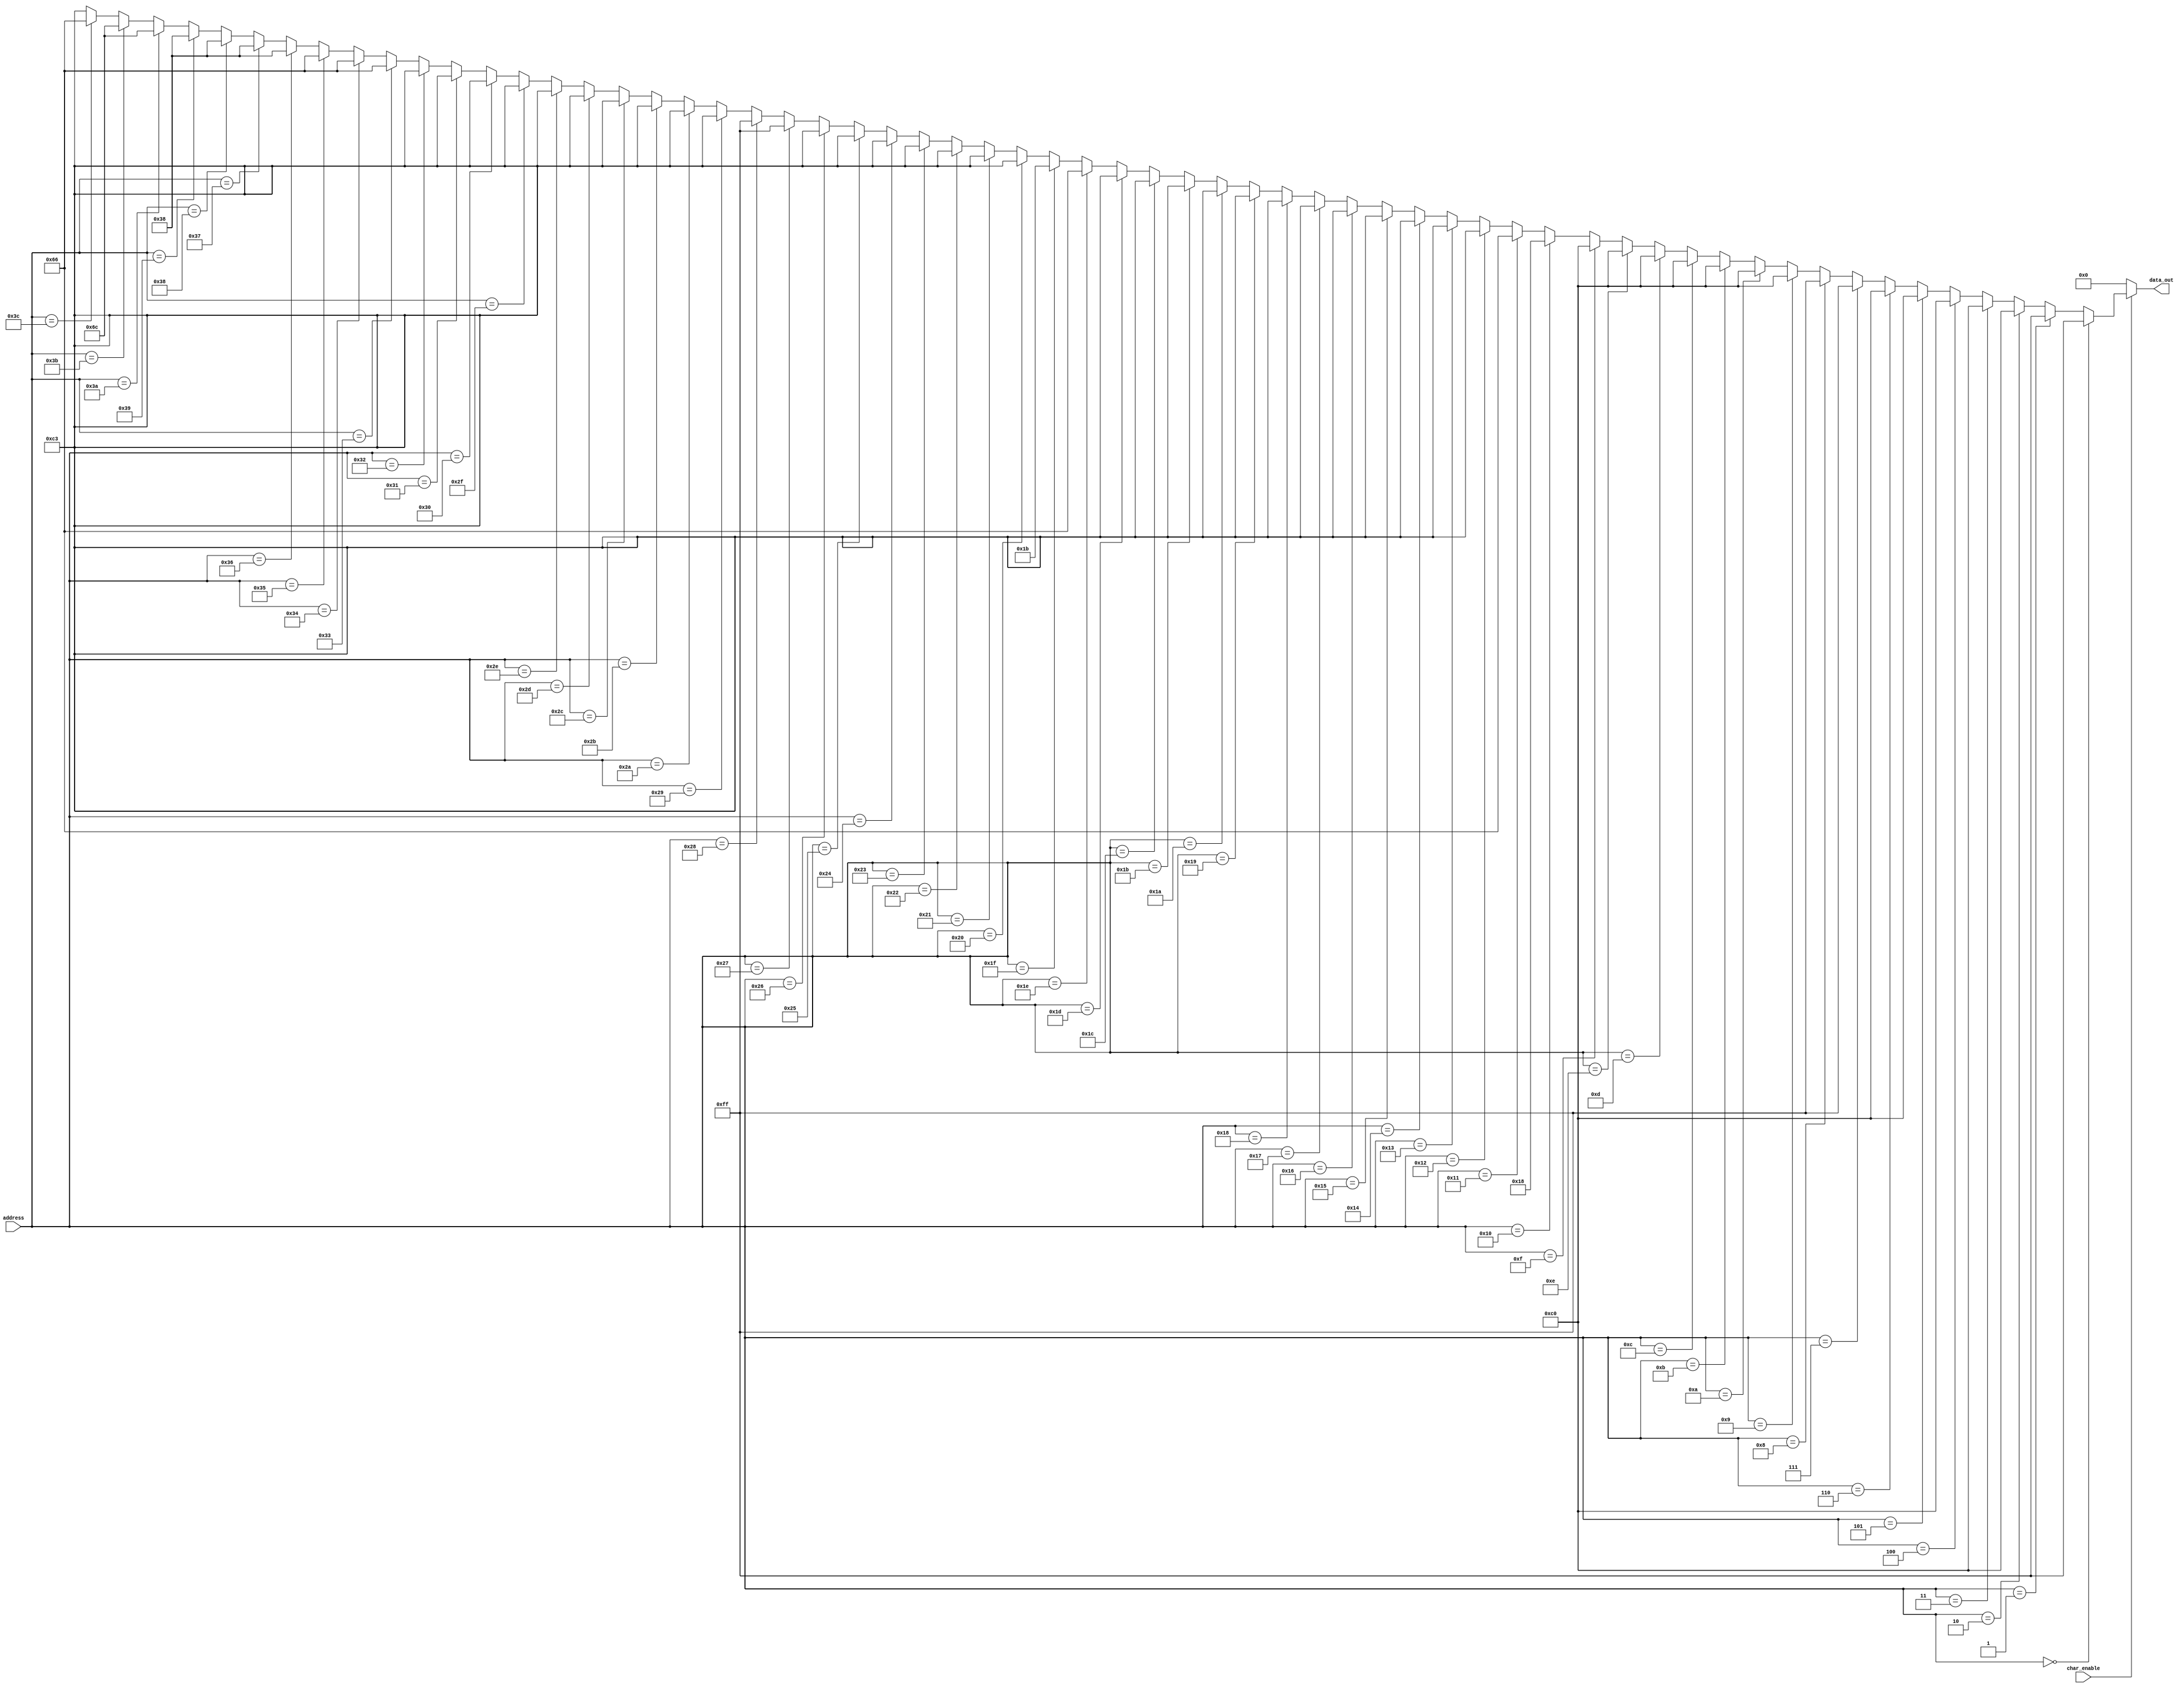
module myRom(char_enable,address,data_out);
input [5:0] address;
input char_enable;
output [7:0] data_out;



										//F
assign data_out= (char_enable) ?(address==6'b000000) ? 8'b11111111 :
								(address==6'b000001) ? 8'b11111111 :		
								(address==6'b000010) ? 8'b11000000 :
								(address==6'b000011) ? 8'b11000000 :
								(address==6'b000100) ? 8'b11000000 :
								(address==6'b000101) ? 8'b11000000 :
					   		(address==6'b000110) ? 8'b11000000 :
								(address==6'b000111) ? 8'b11111111 :
								(address==6'b001000) ? 8'b11111111 :
								(address==6'b001001) ? 8'b11000000 :
								(address==6'b001010) ? 8'b11000000 :
								(address==6'b001011) ? 8'b11000000 :
								(address==6'b001100) ? 8'b11000000 :
								(address==6'b001101) ? 8'b11000000 :
								(address==6'b001110) ? 8'b11000000 :
								(address==6'b001111) ? 8'b11000000 :

									//Q
								(address==6'b010000) ? 8'b00011000 :		
								(address==6'b010001) ? 8'b01100110 :
								(address==6'b010010) ? 8'b11000011 :
								(address==6'b010011) ? 8'b11000011 :
								(address==6'b010100) ? 8'b11000011 :
								(address==6'b010101) ? 8'b11000011 :
								(address==6'b010110) ? 8'b11000011 :
								(address==6'b010111) ? 8'b11000011 :
								(address==6'b011000) ? 8'b11000011 :
								(address==6'b011001) ? 8'b11000011 :
								(address==6'b011010) ? 8'b11000011 :
								(address==6'b011011) ? 8'b11000011 :
								(address==6'b011100) ? 8'b11000011 :
								(address==6'b011101) ? 8'b11000011 :
								(address==6'b011110) ? 8'b01100110 :
								(address==6'b011111) ? 8'b00011011:


									//H
								(address==6'b100000) ? 8'b11000011 :		
								(address==6'b100001) ? 8'b11000011 :
								(address==6'b100010) ? 8'b11000011 :
								(address==6'b100011) ? 8'b11000011 :
								(address==6'b100100) ? 8'b11000011 :
								(address==6'b100101) ? 8'b11000011 :
								(address==6'b100110) ? 8'b11000011 :
								(address==6'b100111) ? 8'b11111111 :
								(address==6'b101000) ? 8'b11111111 :
								(address==6'b101001) ? 8'b11000011 :
								(address==6'b101010) ? 8'b11000011 :
								(address==6'b101011) ? 8'b11000011 :
								(address==6'b101100) ? 8'b11000011 :
								(address==6'b101101) ? 8'b11000011 :
								(address==6'b101110) ? 8'b11000011 :
								(address==6'b101111) ? 8'b11000011 :

									//X
								(address==6'b110000) ? 8'b11000011 :		
								(address==6'b110001) ? 8'b11000011 :
								(address==6'b110010) ? 8'b11000011 :
								(address==6'b110011) ? 8'b01100110 :
								(address==6'b110100) ? 8'b01100110 :
								(address==6'b110101) ? 8'b01100110 :
								(address==6'b110110) ? 8'b00111000 :
								(address==6'b110111) ? 8'b00111000 :
								(address==6'b111000) ? 8'b00111000 :
								(address==6'b111001) ? 8'b00111000 :
								(address==6'b111010) ? 8'b01101100 :
								(address==6'b111011) ? 8'b01101100 :
								(address==6'b111100) ? 8'b01100110 :
								(address==6'b111101) ? 8'b11000011 :
								(address==6'b111110) ? 8'b11000011 : 
                           /* (address==6'b111111) ?*/ 8'b11000011 : 
								8'b00000000;//an disable dino mayro xroma


endmodule